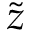
\tilde { z }